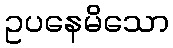
ဥပနေမိသော